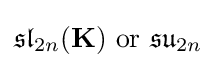
{\mathfrak {sl}}_{2n}(\mathbf {K} ){\text{ or }}{\mathfrak {su}}_{2n}